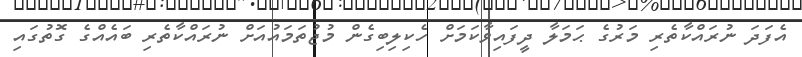
އެފަދަ ނުރައްކާތެރި މަރުގެ ޙަމަލާ ދީފައިވާކަމަށް ހެކިލިބިގެން މުޖުތަމައުއަށް ނުރައްކާތެރި ބައެއްގެ ގޮތުގައި